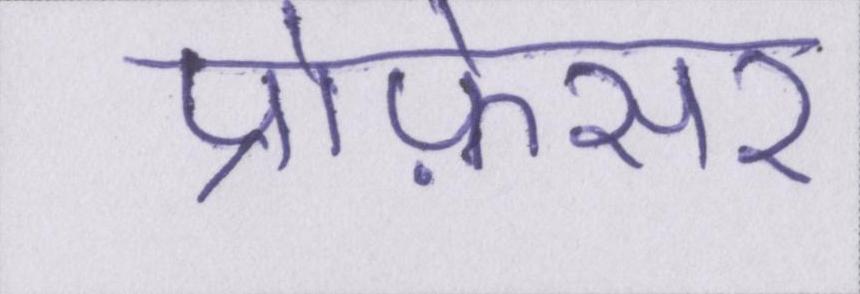
प्रोफ़ेसर